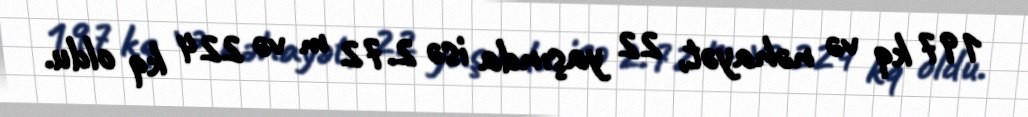
197 kq və nəhayət, 22 yaşında isə 2.72 m və 224 kq oldu.